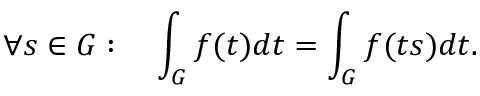
\forall s \in G : \quad \int _ { G } f ( t ) d t = \int _ { G } f ( t s ) d t .